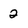
Character: 2